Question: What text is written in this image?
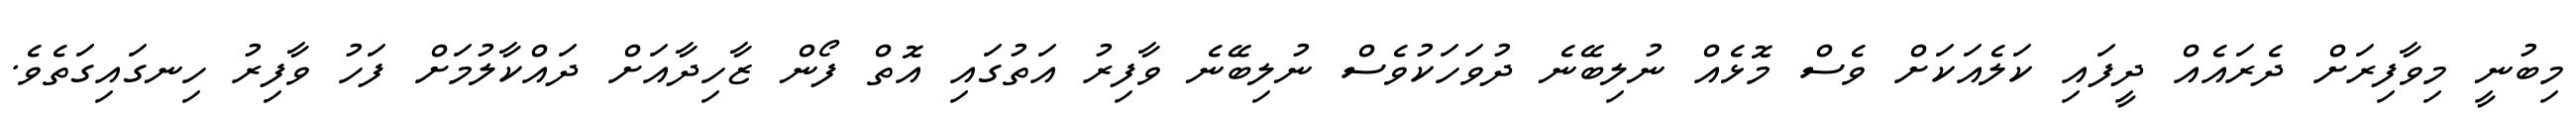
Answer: މިބުނީ މިވާފިރަށް ދެރައެއް ދީފައި ކަލެއަކަށް ވެސް މޮޅެއް ނުލިބޭނެ ދުވަހަކުވެސް ނުލިބޭނެ ވާފިރު އަތުގައި އޮތް ފޯން ޒާހިދާއަށް ދައްކާލުމަށް ފަހު ވާފިރު ހިނގައިގަތެވެ.